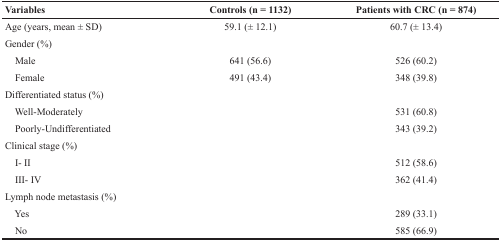
| Variables | Controls (n = 1132) | Patients with CRC (n = 874) |
 | --- | --- | --- |
 | Age (years, mean ± SD) | 59.1 (± 12.1) | 60.7 (± 13.4) |
 | Gender (%) |  |  |
 | Male | 641 (56.6) | 526 (60.2) |
 | Female | 491 (43.4) | 348 (39.8) |
 | Differentiated status (%) |  |  |
 | Well-Moderately |  | 531 (60.8) |
 | Poorly-Undifferentiated |  | 343 (39.2) |
 | Clinical stage (%) |  |  |
 | I- II |  | 512 (58.6) |
 | III- IV |  | 362 (41.4) |
 | Lymph node metastasis (%) |  |  |
 | Yes |  | 289 (33.1) |
 | No |  | 585 (66.9) |